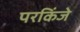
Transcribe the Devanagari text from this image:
परकिंजे